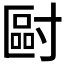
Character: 𡬿